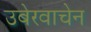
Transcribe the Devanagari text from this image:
उबेरवाचेन